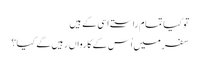
تو کیا تمام راستے اسی کے ہیں
سفر میں اُس کے کارواں رہیں گے کیا؟